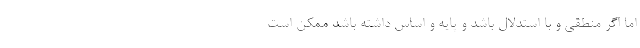
اما اگر منطقی و با استدلال باشد و پایه و اساس داشته باشد ممکن است